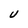
Character: U